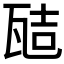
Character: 𭺞